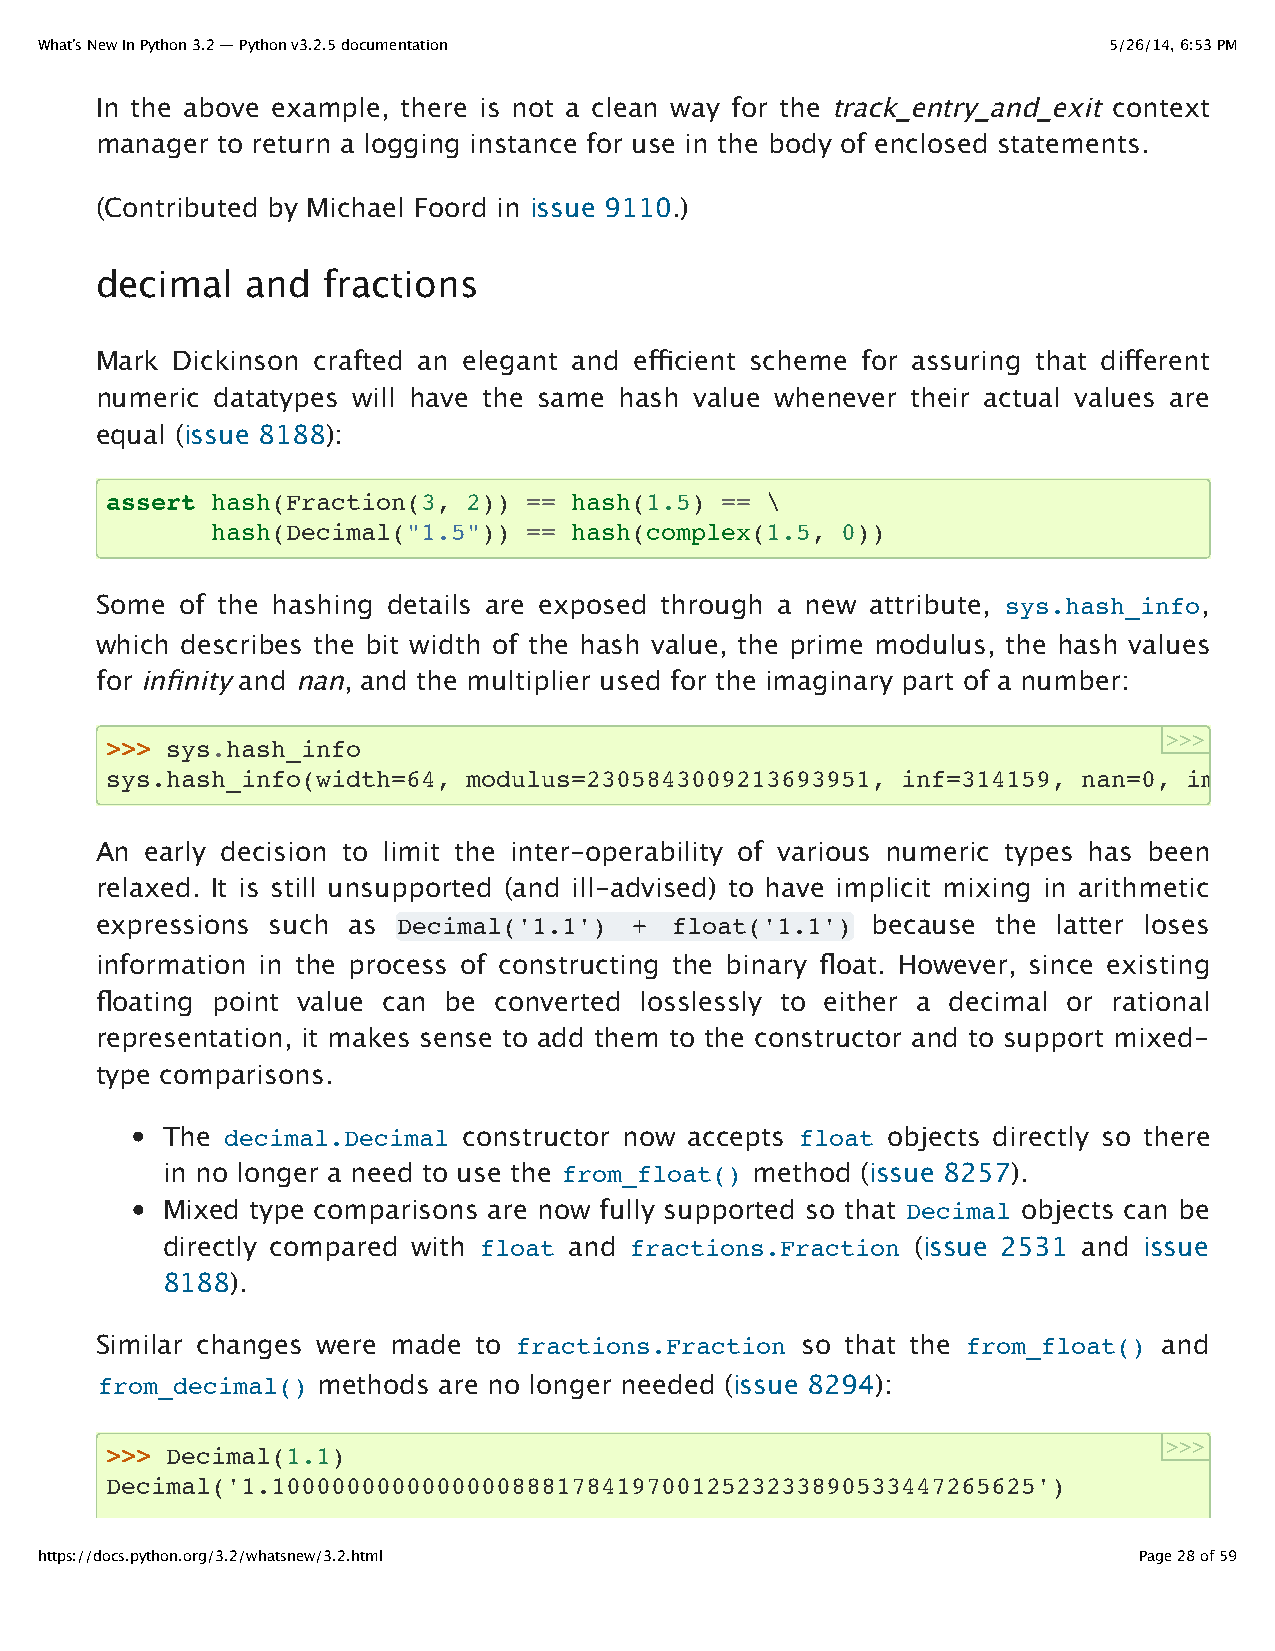
What’s New In Python 3.2 — Python v3.2.5 documentation                 5/26/14, 6:53 PM
 In the above example, there is not a clean way for the track_entry_and_exit context
 manager to return a logging instance for use in the body of enclosed statements.
 (Contributed by Michael Foord in issue 9110.)
 decimal   and  fractions
 Mark Dickinson crafted an elegant and efficient scheme for assuring that different
 numeric datatypes will have the same hash value whenever their actual values are
 equal (issue 8188):
 assert hash(Fraction(3, 2)) == hash(1.5) == \
 hash(Decimal("1.5")) == hash(complex(1.5, 0))
 Some  of the hashing details are exposed through a new attribute, sys.hash_info,
 which describes the bit width of the hash value, the prime modulus, the hash values
 for infinity and nan, and the multiplier used for the imaginary part of a number:
 >>>
 >>> sys.hash_info
 sys.hash_info(width=64, modulus=2305843009213693951, inf=314159, nan=0, imag=1000003)
 An  early decision to limit the inter-operability of various numeric types has been
 relaxed. It is still unsupported (and ill-advised) to have implicit mixing in arithmetic
 expressions such as Decimal('1.1')  + float('1.1')  because the latter loses
 information in the process of constructing the binary float. However, since existing
 floating point value can be converted losslessly to either a decimal or rational
 representation, it makes sense to add them to the constructor and to support mixed-
 type comparisons.
 The decimal.Decimal constructor now accepts float objects directly so there
 in no longer a need to use the from_float() method (issue 8257).
 Mixed type comparisons are now fully supported so that Decimal objects can be
 directly compared with float and fractions.Fraction (issue 2531 and issue
 8188).
 Similar changes were made to fractions.Fraction so that the from_float() and
 from_decimal() methods are no longer needed (issue 8294):
 >>>
 >>> Decimal(1.1)
 Decimal('1.100000000000000088817841970012523233890533447265625')
 https://docs.python.org/3.2/whatsnew/3.2.html                            Page 28 of 59